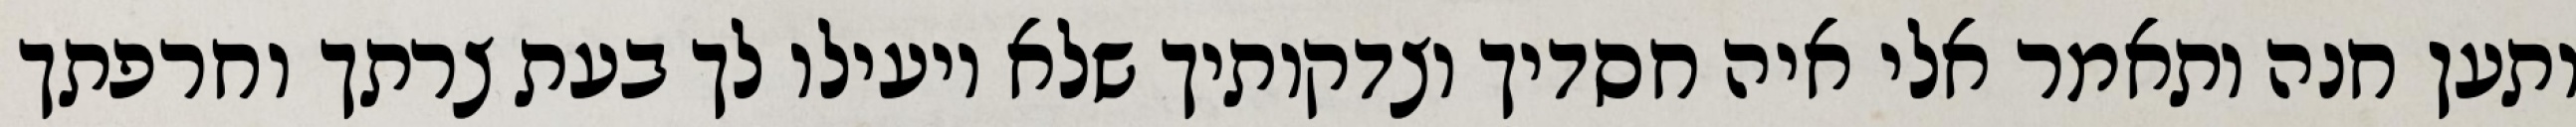
ותען חנה ותאמר אלי איה חסדיך וצדקותיך שלא יועילו לך בעת צרתך וחרפתך